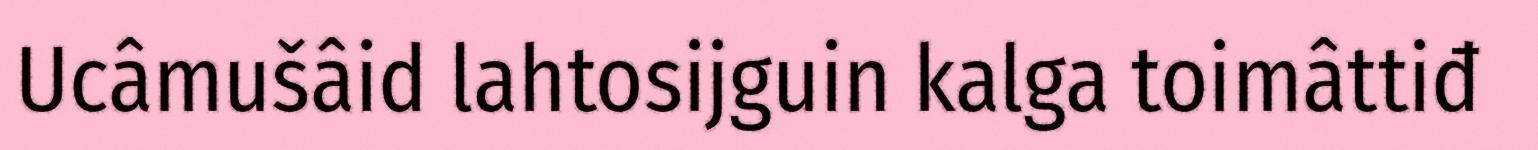
Ucâmušâid lahtosijguin kalga toimâttiđ